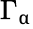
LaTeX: \Gamma_{\upalpha}